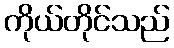
ကိုယ်တိုင်သည်